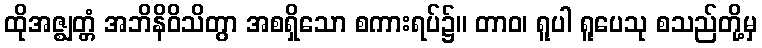
ထိုအဇ္ဈတ္တံ အဘိနိဝိသိတွာ အစရှိသော စကားရပ်၌။ တာဝ၊ ရူပါ ရူပေသု စသည်တို့မှ